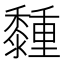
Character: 𪐈